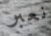
نعبر